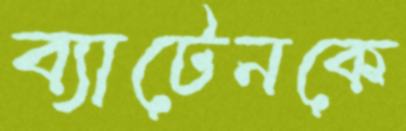
ব্যাটেনকে